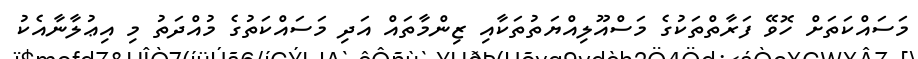
މަސައްކަތަށް ހޮވޭ ފަރާތްތަކުގެ މަސްއޫލިއްޔަތުތަކާއި ޒިންމާތައް އަދި މަސައްކަތުގެ މުއްދަތު މި އިޢުލާނާއެކު